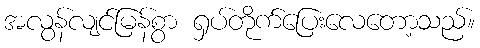
အလွန်လျင်မြန်စွာ ရှပ်တိုက်ပြေးလေတော့သည်။